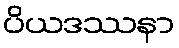
ပိယဒဿနာ